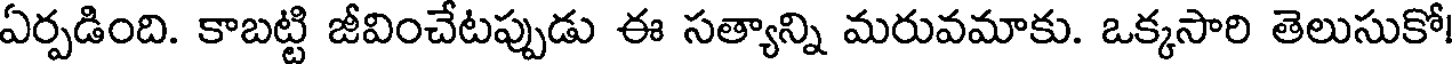
ఏర్పడింది. కాబట్టి జీవించేటప్పుడు ఈ సత్యాన్ని మరువమాకు. ఒక్కసారి తెలుసుకో